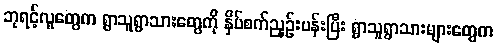
ဘုရင့်လူတွေက ရွာသူရွာသားတွေကို နှိပ်စက်ညှဉ်းပန်းပြီး ရွာသူရွာသားများတွေက